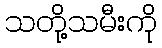
သတို့သမီးကို